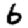
Digit: 6